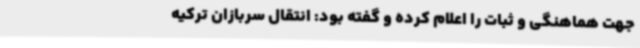
جهت هماهنگی و ثبات را اعلام کرده و گفته بود: انتقال سربازان ترکیه